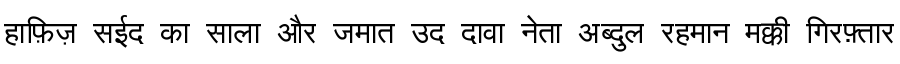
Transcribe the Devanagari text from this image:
हाफ़िज़ सईद का साला और जमात उद दावा नेता अब्दुल रहमान मक्की गिरफ़्तार